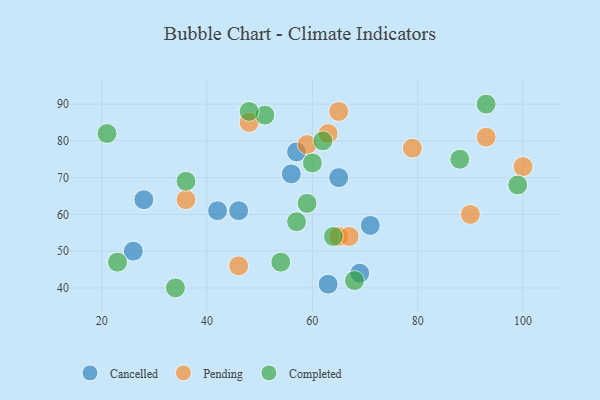
{"axis": {"x": "GDP", "y": "Life Expectancy"}, "legend": ["Cancelled", "Completed", "Pending"], "data": [{"x": "69", "y": 44, "type": "Cancelled"}, {"x": "63", "y": 41, "type": "Cancelled"}, {"x": "57", "y": 77, "type": "Cancelled"}, {"x": "71", "y": 57, "type": "Cancelled"}, {"x": "26", "y": 50, "type": "Cancelled"}, {"x": "65", "y": 70, "type": "Cancelled"}, {"x": "28", "y": 64, "type": "Cancelled"}, {"x": "42", "y": 61, "type": "Cancelled"}, {"x": "56", "y": 71, "type": "Cancelled"}, {"x": "46", "y": 61, "type": "Cancelled"}, {"x": "79", "y": 78, "type": "Pending"}, {"x": "65", "y": 88, "type": "Pending"}, {"x": "59", "y": 79, "type": "Pending"}, {"x": "48", "y": 85, "type": "Pending"}, {"x": "100", "y": 73, "type": "Pending"}, {"x": "90", "y": 60, "type": "Pending"}, {"x": "93", "y": 81, "type": "Pending"}, {"x": "46", "y": 46, "type": "Pending"}, {"x": "63", "y": 82, "type": "Pending"}, {"x": "36", "y": 64, "type": "Pending"}, {"x": "65", "y": 54, "type": "Pending"}, {"x": "67", "y": 54, "type": "Pending"}, {"x": "60", "y": 74, "type": "Completed"}, {"x": "93", "y": 90, "type": "Completed"}, {"x": "34", "y": 40, "type": "Completed"}, {"x": "64", "y": 54, "type": "Completed"}, {"x": "23", "y": 47, "type": "Completed"}, {"x": "54", "y": 47, "type": "Completed"}, {"x": "57", "y": 58, "type": "Completed"}, {"x": "51", "y": 87, "type": "Completed"}, {"x": "62", "y": 80, "type": "Completed"}, {"x": "59", "y": 63, "type": "Completed"}, {"x": "48", "y": 88, "type": "Completed"}, {"x": "21", "y": 82, "type": "Completed"}, {"x": "68", "y": 42, "type": "Completed"}, {"x": "88", "y": 75, "type": "Completed"}, {"x": "99", "y": 68, "type": "Completed"}, {"x": "36", "y": 69, "type": "Completed"}]}